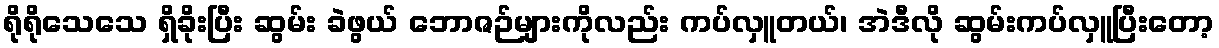
ရိုရိုသေသေ ရှိခိုးပြီး ဆွမ်း ခဲဖွယ် ဘောဇဉ်များကိုလည်း ကပ်လှူတယ်၊ အဲဒီလို ဆွမ်းကပ်လှူပြီးတော့